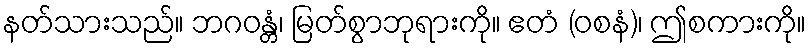
နတ်သားသည်။ ဘဂဝန္တံ၊ မြတ်စွာဘုရားကို။ ဧတံ (ဝစနံ)၊ ဤစကားကို။